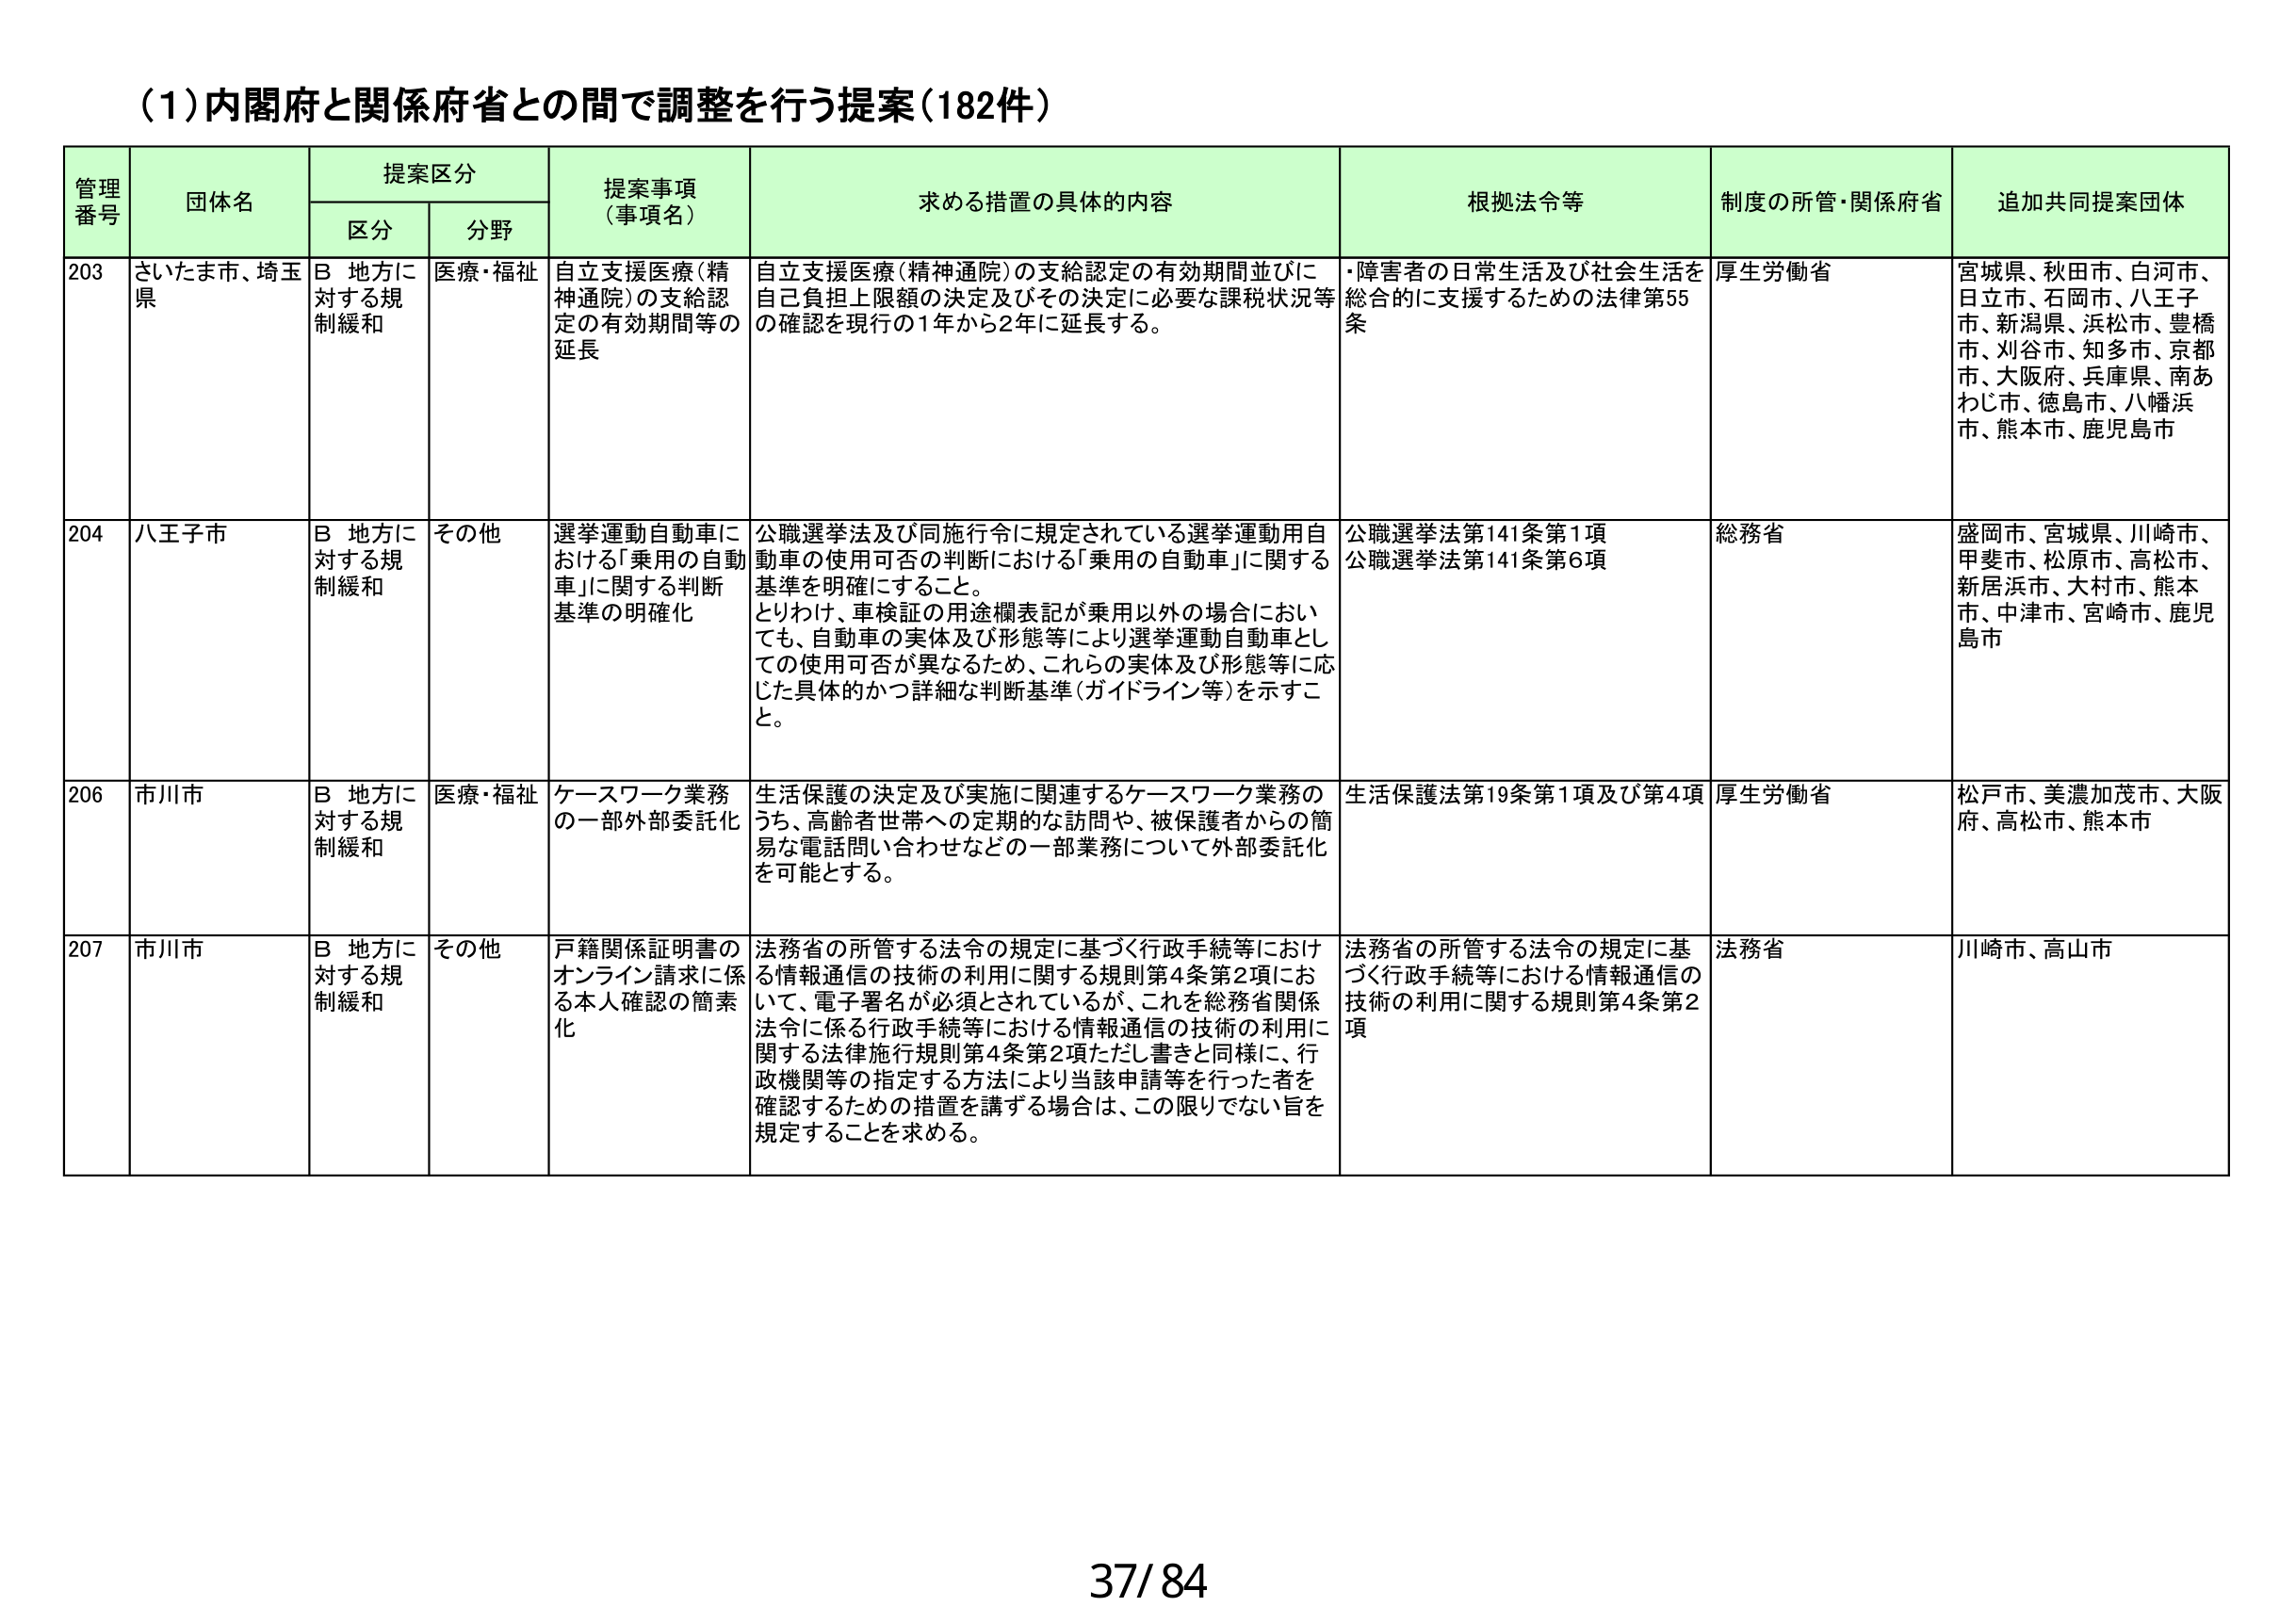
(1)内閣府と関係府省との間で調整を行う提案(182件)

管理番号 団体名 提案区分 提案事項（事項名） 求める措置の具体的内容 根拠法令等 制度の所管・関係府省 追加共同提案団体
区分 分野

203 さいたま市、埼玉県 B 地方に対する規制緩和 医療・福祉 自立支援医療(精神通院)の支給認定の有効期間等の延長 自立支援医療(精神通院)の支給認定の有効期間並びに自己負担上限額の決定及びその決定に必要な課税状況等の確認を現行の1年から2年に延長する。 ・障害者の日常生活及び社会生活を総合的に支援するための法律第55条 厚生労働省 宮城県、秋田市、白河市、日立市、石岡市、八王子市、新潟県、浜松市、豊橋市、刈谷市、知多市、京都市、大阪府、兵庫県、南あわじ市、徳島市、八幡浜市、熊本市、鹿児島市

204 八王子市 B 地方に対する規制緩和 その他 選挙運動自動車における「乗用の自動車」に関する判断基準の明確化 公職選挙法及び同施行令に規定されている選挙運動用自動車の使用可否の判断における「乗用の自動車」に関する基準を明確にすること。とりわけ、車検証の用途欄表記が乗用以外の場合においても、自動車の実体及び形態等により選挙運動自動車としての使用可否が異なるため、これらの実体及び形態等に応じた具体的かつ詳細な判断基準(ガイドライン等)を示すこと。 公職選挙法第141条第1項 公職選挙法第141条第6項 総務省 盛岡市、宮城県、川崎市、甲斐市、松原市、高松市、新居浜市、大村市、熊本市、中津市、宮崎市、鹿児島市

206 市川市 B 地方に対する規制緩和 医療・福祉 ケースワーク業務の一部外部委託化 生活保護の決定及び実施に関連するケースワーク業務のうち、高齢者世帯への定期的な訪問や、被保護者からの簡易な電話問い合わせなど一部業務について外部委託化を可能とする。 生活保護法第19条第1項及び第4項 厚生労働省 松戸市、美濃加茂市、大阪府、高松市、熊本市

207 市川市 B 地方に対する規制緩和 その他 戸籍関係証明書のオンライン請求に係る本人確認の簡素化 法務省の所管する法令の規定に基づく行政手続等における情報通信の技術の利用に関する規則第4条第2項において、電子署名が必須とされているが、これを総務省関係法令に係る行政手続等における情報通信の技術の利用に関する法律施行規則第4条第2項ただし書きと同様に、行政機関等の指定する方法により当該申請等を行った者を確認するための措置を講ずる場合は、この限りでない旨を規定することを求める。 法務省の所管する法令の規定に基づく行政手続等における情報通信の技術の利用に関する規則第4条第2項 法務省 川崎市、高山市

37/84